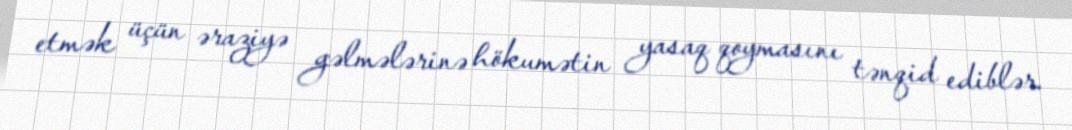
etmək üçün əraziyə gəlmələrinə hökumətin yasaq qoymasını tənqid ediblər.